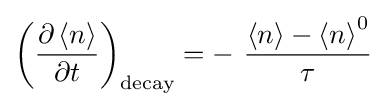
{\left({\frac {\partial \left\langle n\right\rangle }{\partial t}}\right)}_{\text{decay}}=-{\text{ }}{\frac {\left\langle n\right\rangle -{\left\langle n\right\rangle }^{0}}{\tau }}